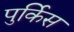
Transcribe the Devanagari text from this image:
पुर्किस